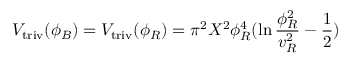
V _ { \mathrm { t r i v } } ( \phi _ { B } ) = V _ { \mathrm { t r i v } } ( \phi _ { R } ) = \pi ^ { 2 } X ^ { 2 } \phi _ { R } ^ { 4 } ( \ln { \frac { \phi _ { R } ^ { 2 } } { v _ { R } ^ { 2 } } } - { \frac { 1 } { 2 } } )